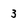
Character: 3